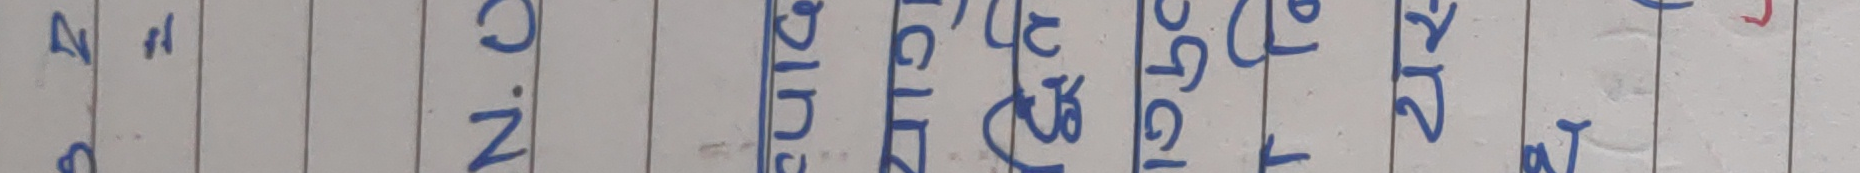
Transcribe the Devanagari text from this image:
हुन्छ N.C. २७ जेठ २०७९ साल